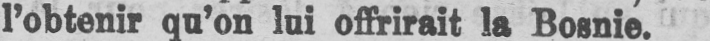
l’obtenir qu’on lui offrirait la Bosnie.